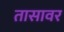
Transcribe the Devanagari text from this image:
तासावर